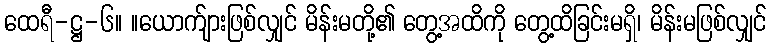
ထေရီ-ဋ္ဌ-၆။ ။ယောက်ျားဖြစ်လျှင် မိန်းမတို့၏ တွေ့အထိကို တွေ့ထိခြင်းမရှိ၊ မိန်းမဖြစ်လျှင်